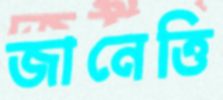
জানেত্তি